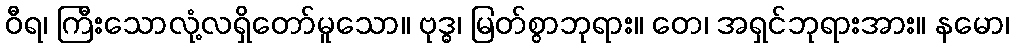
ဝီရ၊ ကြီးသောလုံ့လရှိတော်မူသော။ ဗုဒ္ဓ၊ မြတ်စွာဘုရား။ တေ၊ အရှင်ဘုရားအား။ နမော၊